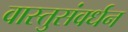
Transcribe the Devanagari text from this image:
वास्तुसंवर्धन